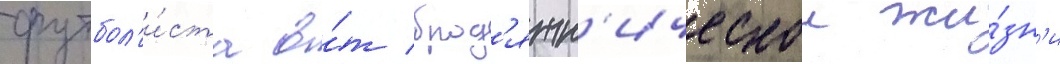
футбол'и́ста о́т брод'яжн'ическои жи́зн'и